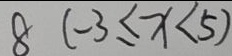
8 ( - 3 \leq x < 5 )